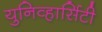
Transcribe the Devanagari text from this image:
युनिव्हार्सिटी